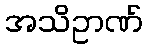
အသိဥာဏ်